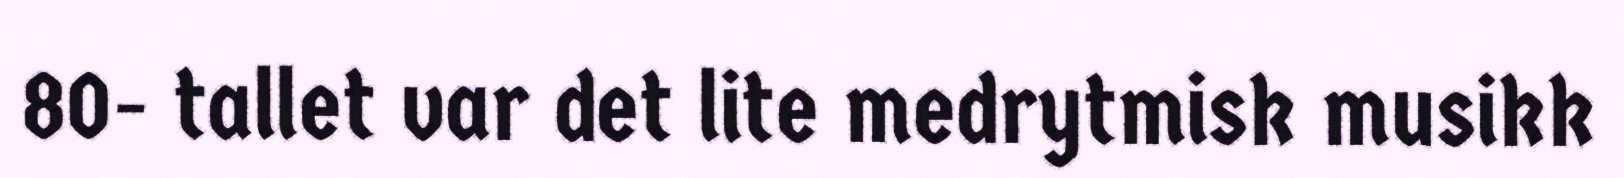
80- tallet var det lite medrytmisk musikk